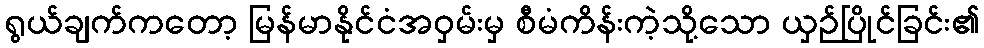
ရွယ်ချက်ကတော့ မြန်မာနိုင်ငံအဝှမ်းမှ စီမံကိန်းကဲ့သို့သော ယှဉ်ပြိုင်ခြင်း၏